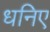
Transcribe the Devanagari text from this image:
धनिए